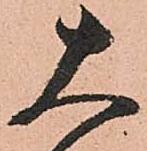
大